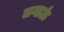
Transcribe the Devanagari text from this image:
लगाऊं